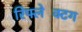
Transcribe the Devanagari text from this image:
रिफ्लेक्टिंग